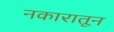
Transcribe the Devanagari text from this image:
नकारातून